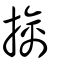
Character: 擒